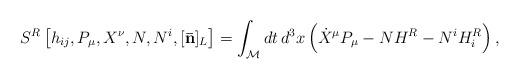
LaTeX: \begin{align*}{}S^R \left[ h_{ij}, P_\mu, X^\nu, N, N^i, [{\bf \bar{n}}]_L \right] =\int_{\cal M} dt \, d^3x \left( \dot{X}^\mu P_\mu - NH^R - N^i H^R_i\right),\end{align*}